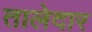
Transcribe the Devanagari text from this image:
तालेदार